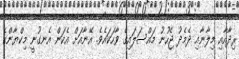
ރިދާއާއި މިލާނާއި ދެމެދު ޖެހުނު މައްސަލައިގެ ވާހަކައެވެ. އޭނާއަށް އެކަން އެނގުނީ މިކްޔާންގެ